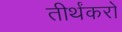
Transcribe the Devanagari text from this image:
तीर्थंकरो